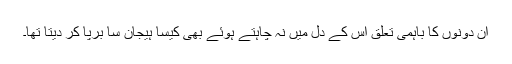
ان دونوں کا باہمی تعلق اس کے دل میں نہ چاہتے ہوئے بھی کیسا ہیجان سا برپا کر دیتا تھا۔